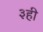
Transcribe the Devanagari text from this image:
३ही